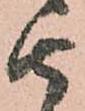
由